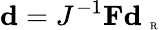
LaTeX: {\mathbf d}=J^{-1}{\mathbf F}{\mathbf d}_{\mathrm{~\tiny~R~}}